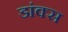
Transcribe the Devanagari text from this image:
डांक्स